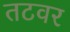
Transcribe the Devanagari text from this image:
तटवर